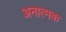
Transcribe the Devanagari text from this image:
अनात्मक